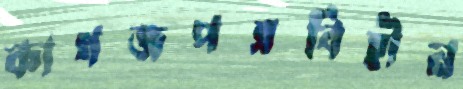
কাগজপত্রবিহীন